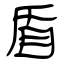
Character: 盾